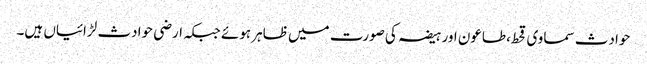
حوادث سماوی قحط،طاعون اور ہیضہ کی صورت میں ظاہر ہوئے جبکہ ارضی حوادث لڑائیاں ہیں۔